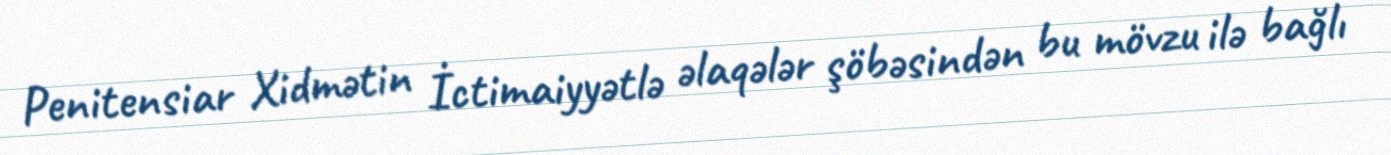
Penitensiar Xidmətin İctimaiyyətlə əlaqələr şöbəsindən bu mövzu ilə bağlı